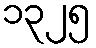
၁၃၂၅